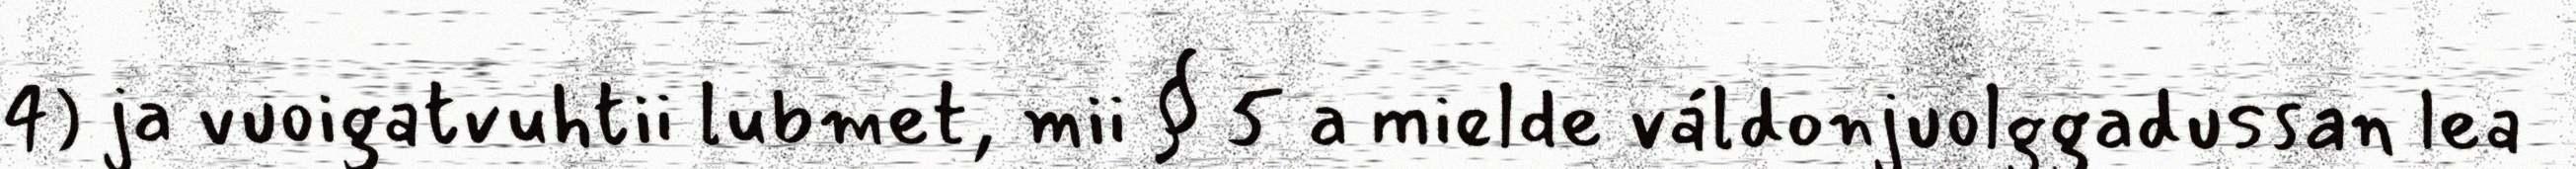
4) ja vuoigatvuhtii lubmet, mii § 5 a mielde váldonjuolggadussan lea